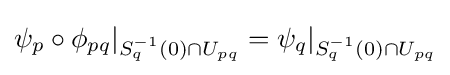
\psi _{p}\circ \phi _{pq}|_{S_{q}^{-1}(0)\cap U_{pq}}=\psi _{q}|_{S_{q}^{-1}(0)\cap U_{pq}}